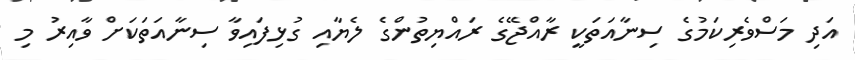
އަދި މަސްވެރިކަމުގެ ސިނާއަތަކީ ރާއްޖޭގެ ރައްޔިތުންގެ ލެޔާއި ގުޅިފައިވާ ސިނާއަތަކަށް ވާއިރު މި